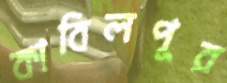
কাবিলপুর